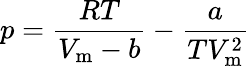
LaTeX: p={\frac{RT}{V_{\mathrm{m}}-b}}-{\frac{a}{TV_{\mathrm{m}}^{2}}}